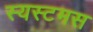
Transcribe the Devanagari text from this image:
स्यस्टमस